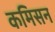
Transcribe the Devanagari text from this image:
कमिसन